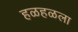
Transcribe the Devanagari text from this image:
हळहळला